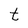
Character: t